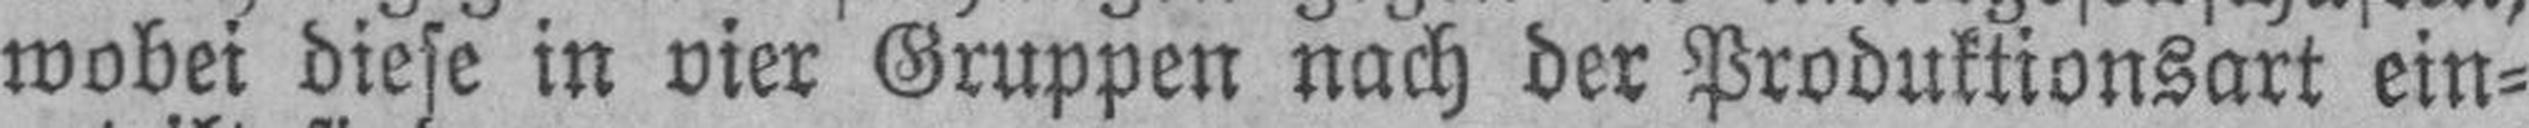
wobei diese in vier Gruppen nach der Produktionsart ein¬